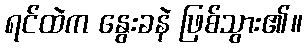
ရင်ထဲက နွေးခနဲ ဖြစ်သွား၏။